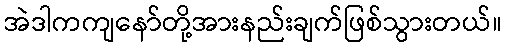
အဲဒါကကျနော်တို့အားနည်းချက်ဖြစ်သွားတယ်။